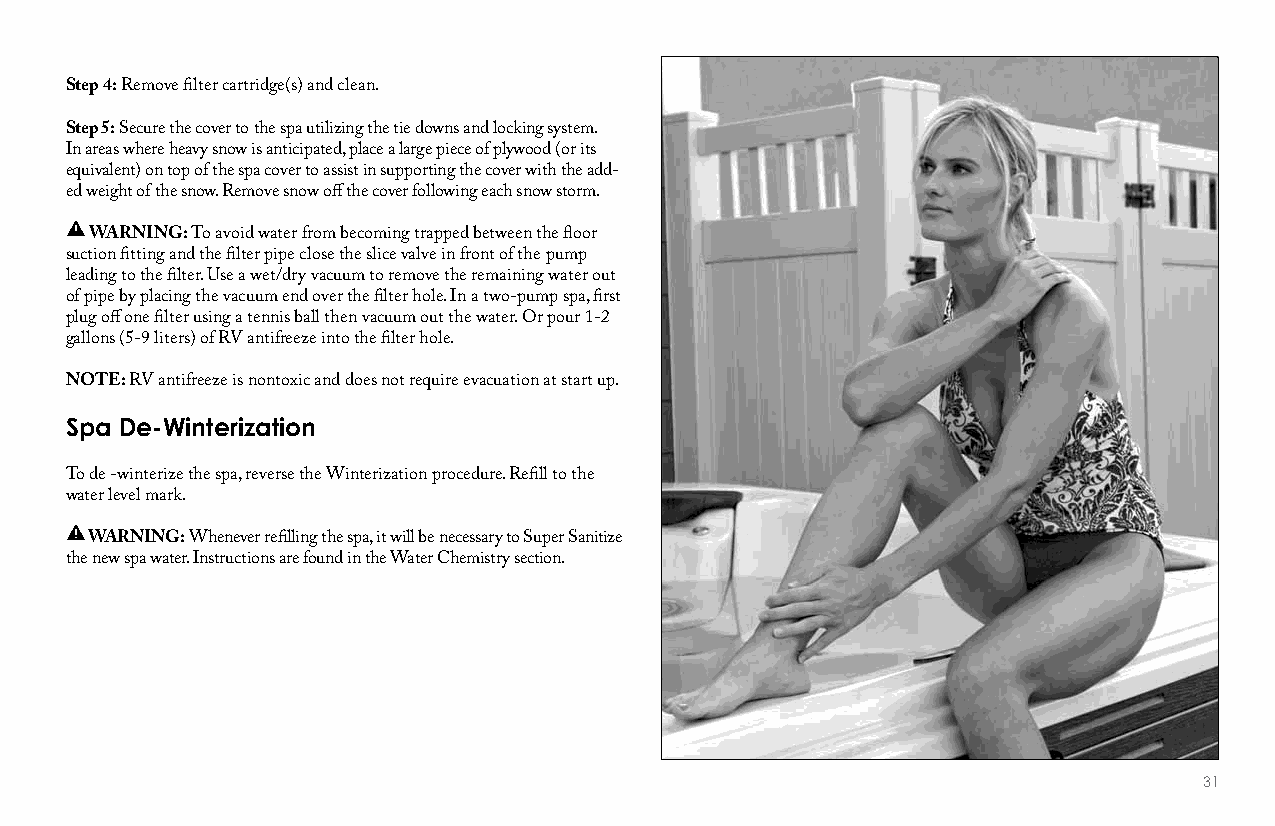
Step 4: Remove filter cartridge(s) and clean.
 Step 5: Secure the cover to the spa utilizing the tie downs and locking system.
 In areas where heavy snow is anticipated, place a large piece of plywood (or its
 equivalent) on top of the spa cover to assist in supporting the cover with the add-
 ed weight of the snow. Remove snow off the cover following each snow storm.
 WARNING: To avoid water from becoming trapped between the floor
 suction fitting and the filter pipe close the slice valve in front of the pump
 leading to the filter. Use a wet/dry vacuum to remove the remaining water out
 of pipe by placing the vacuum end over the filter hole. In a two-pump spa, first
 plug off one filter using a tennis ball then vacuum out the water. Or pour 1-2
 gallons (5-9 liters) of RV antifreeze into the filter hole.
 NOTE: RV antifreeze is nontoxic and does not require evacuation at start up.
 Spa De-Winterization
 To de -winterize the spa, reverse the Winterization procedure. Refill to the
 water level mark.
 WARNING: Whenever refilling the spa, it will be necessary to Super Sanitize
 the new spa water. Instructions are found in the Water Chemistry section.
 31